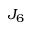
J _ { 6 }